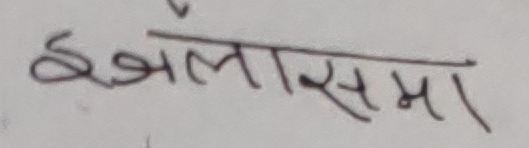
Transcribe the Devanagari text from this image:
इजलास मा